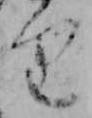
り